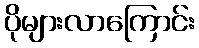
ပိုများလာကြောင်း